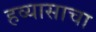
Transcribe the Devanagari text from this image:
हव्यासाचा